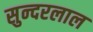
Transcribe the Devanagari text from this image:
सुन्‍दरलाल